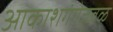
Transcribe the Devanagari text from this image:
आकाशगंगेजवळ